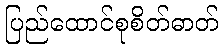
ပြည်ထောင်စုစိတ်ဓာတ်